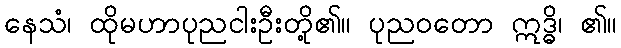
နေသံ၊ ထိုမဟာပုညငါးဦးတို့၏။ ပုညဝတော ဣဒ္ဓိ၊ ၏။